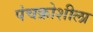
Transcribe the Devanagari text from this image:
पंचक्रोशीला